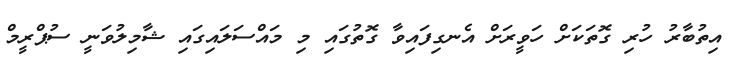
އިތުބާރު ހުރި ގޮތަކަށް ހަވީރަށް އެނގިފައިވާ ގޮތުގައި މި މައްސަލައިގައި ޝާމިލުވަނީ ސުޕްރީމް